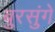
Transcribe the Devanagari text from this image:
बुरसुंगे